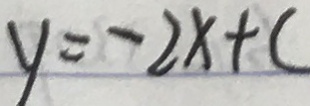
y = - 2 x + c